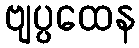
ဗျပ္ပထေန